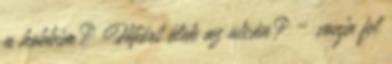
a hobbim? Miért élek az utcán? – vonja fel